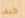
كيف